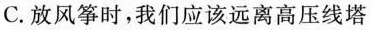
C. 放风筝时，我们应该远离高压线塔